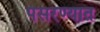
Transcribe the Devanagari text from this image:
पसरण्यात